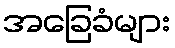
အခြေခံများ